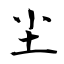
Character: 尘